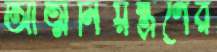
আত্মনিয়ন্ত্রণের